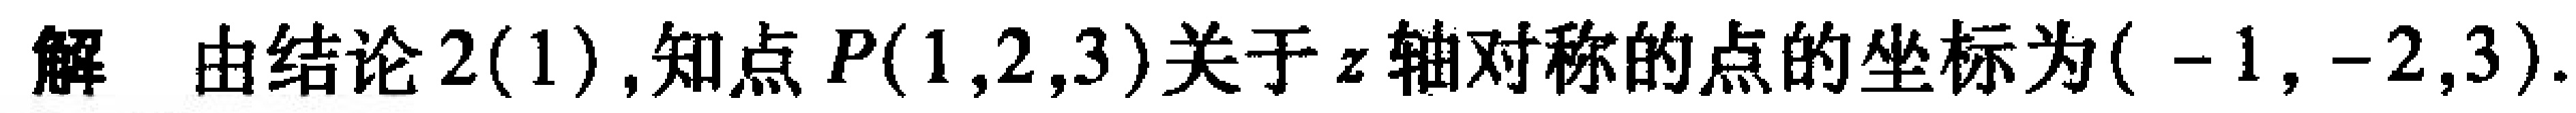
解 由结论2(1),知点$P(1,2,3)$关于$z$轴对称的点的坐标为$(-1,-2,3)$.